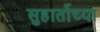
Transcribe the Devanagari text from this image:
सुहार्तोच्या